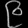
Digit: ၉